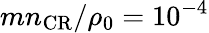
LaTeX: mn_{\mathrm{CR}}/\rho_{0}=10^{-4}